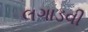
લગાડવી